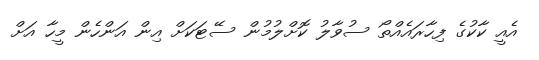
އެއީ ކާކުގެ ފިހާރައެއްތޯ ސުވާލު ކޮށްލުމުން ސޭޓަކަށް އިން އަންހެން މީހާ އަށް